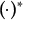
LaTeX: ( \cdot ) ^ { * }